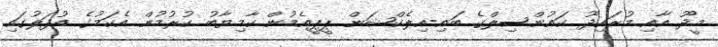
މީދޫ އާއި މުރައިދޫ ކައުންސިލްގެ ބައި-އިލެކްޝަން ޕީޕީއެމުން ކާމިޔާބު ކުރުމުން އެކަމުގެ އުފަލުގައި